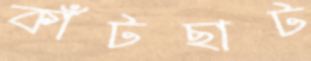
কাঁটছাট